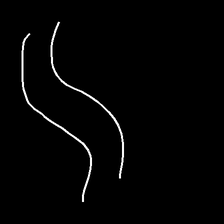
Glyph: float